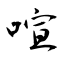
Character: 喧